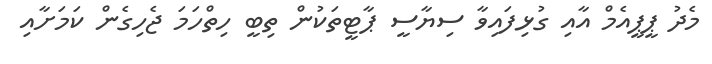
މެދު ޕީޕީއެމް އާއި ގުޅިފައިވާ ސިޔާސީ ޕާޓީތަކުން ތިބީ ހިތްހަމަ ޖެހިގެން ކަމަށާއި